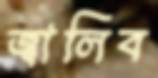
জ্বালিব